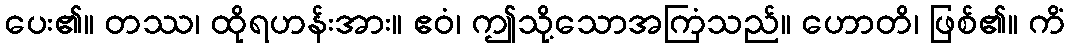
ပေး၏။ တဿ၊ ထိုရဟန်းအား။ ဧဝံ၊ ဤသို့သောအကြံသည်။ ဟောတိ၊ ဖြစ်၏။ ကိံ